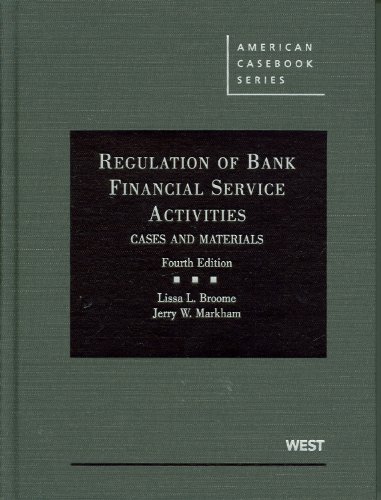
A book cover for Regulation of Bank Financial Service Activities: Cases and Materials (American Casebook Series); Lissa Broome; Law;